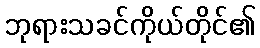
ဘုရားသခင်ကိုယ်တိုင်၏